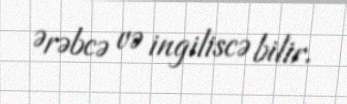
Ərəbcə və ingiliscə bilir.